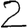
Digit: 2